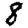
Digit: 8